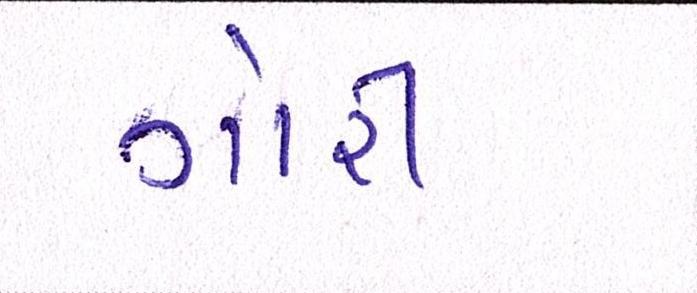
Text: ગોરી